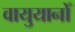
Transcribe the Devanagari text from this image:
वायुयानोँ